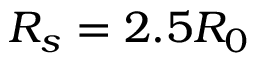
R _ { s } = 2 . 5 R _ { 0 }